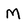
Character: M